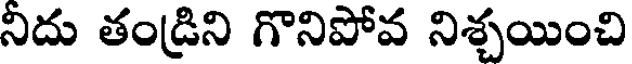
నిదు తండ్రిని గొనిపోవ నిశ్చయించి